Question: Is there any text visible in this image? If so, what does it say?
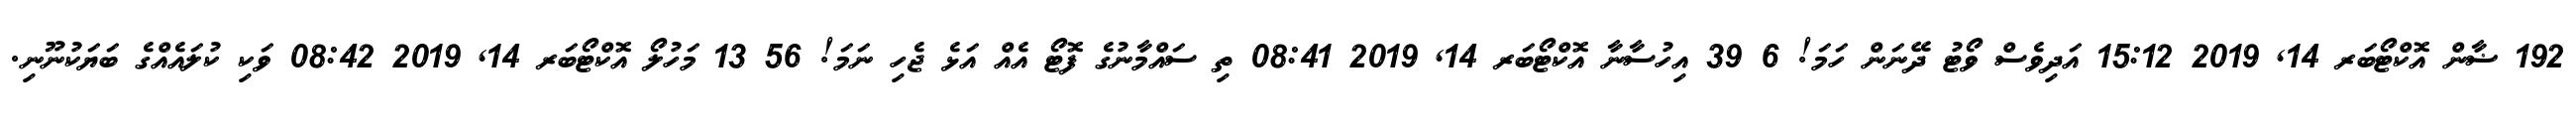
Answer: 192 ޟާން އޮކްޓޯބަރ 14, 2019 15:12 އަދިވެސް ވޯޓު ދޭނަން ހަމަ! 6 39 އިހުސާނާ އޮކްޓޯބަރ 14, 2019 08:41 ތި ސައްމާނުގެ ފޮޓޯ އެއް އަޅެ ޖެހި ނަމަ! 56 13 މަހުލޯ އޮކްޓޯބަރ 14, 2019 08:42 ވަކި ކުލައެއްގެ ބަޔަކުނޫނި.